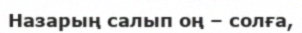
Назарың салып оң – солға,